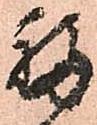
福